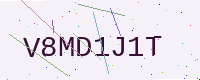
Text: V8MD1J1T